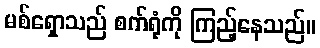
မစ်ရှောသည် စက်ရုံကို ကြည့်နေသည်။